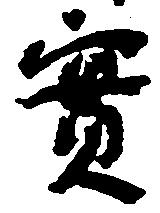
実